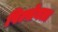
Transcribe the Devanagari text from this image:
पिल्सेनला